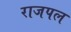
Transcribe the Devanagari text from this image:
राजपल